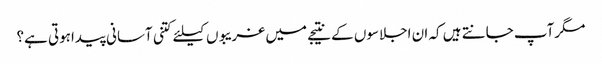
مگرآپ جانتے ہیں کہ ان اجلاسوں کے نتیجے میں غریبوں کیلئے کتنی آسانی پیداہوتی ہے؟